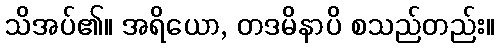
သိအပ်၏။ အရိယော, တဒမိနာပိ စသည်တည်း။